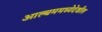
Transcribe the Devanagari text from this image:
आल्बममध्येदेखील